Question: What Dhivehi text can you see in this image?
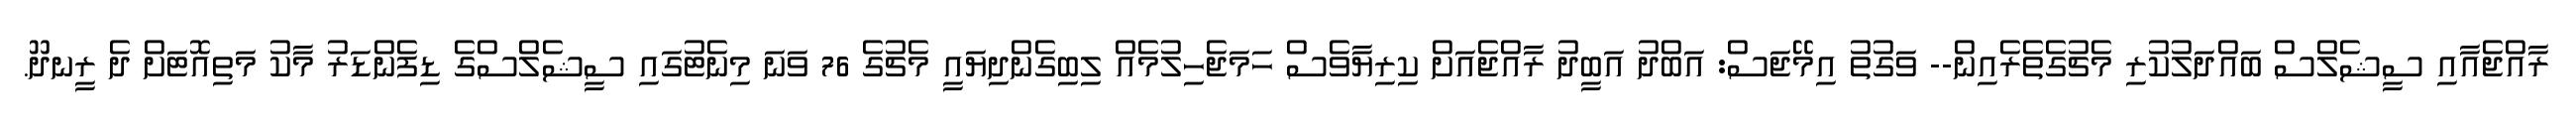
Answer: ރާއްޖެއާއި ސީޝެލްސް ބައްދަލުކުރި މެޗުގެތެރެއިން-- ވަގުތު އިމޭޖަސް: އަބްދު އަބީދު ރާއްޖެއަށް ކިރިޔާވެސް ހަމަޖެހިލުމެއް ލިބިގެންދިޔައީ މެޗުގެ 76 ވަނަ މިނެޓުގައި ސީޝެލްސްގެ ޑިފެންޑަރު މާކު މަތިއޮޓަށް ދެ ރީނދޫ.